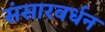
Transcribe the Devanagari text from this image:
संसारवर्धन